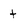
Character: t